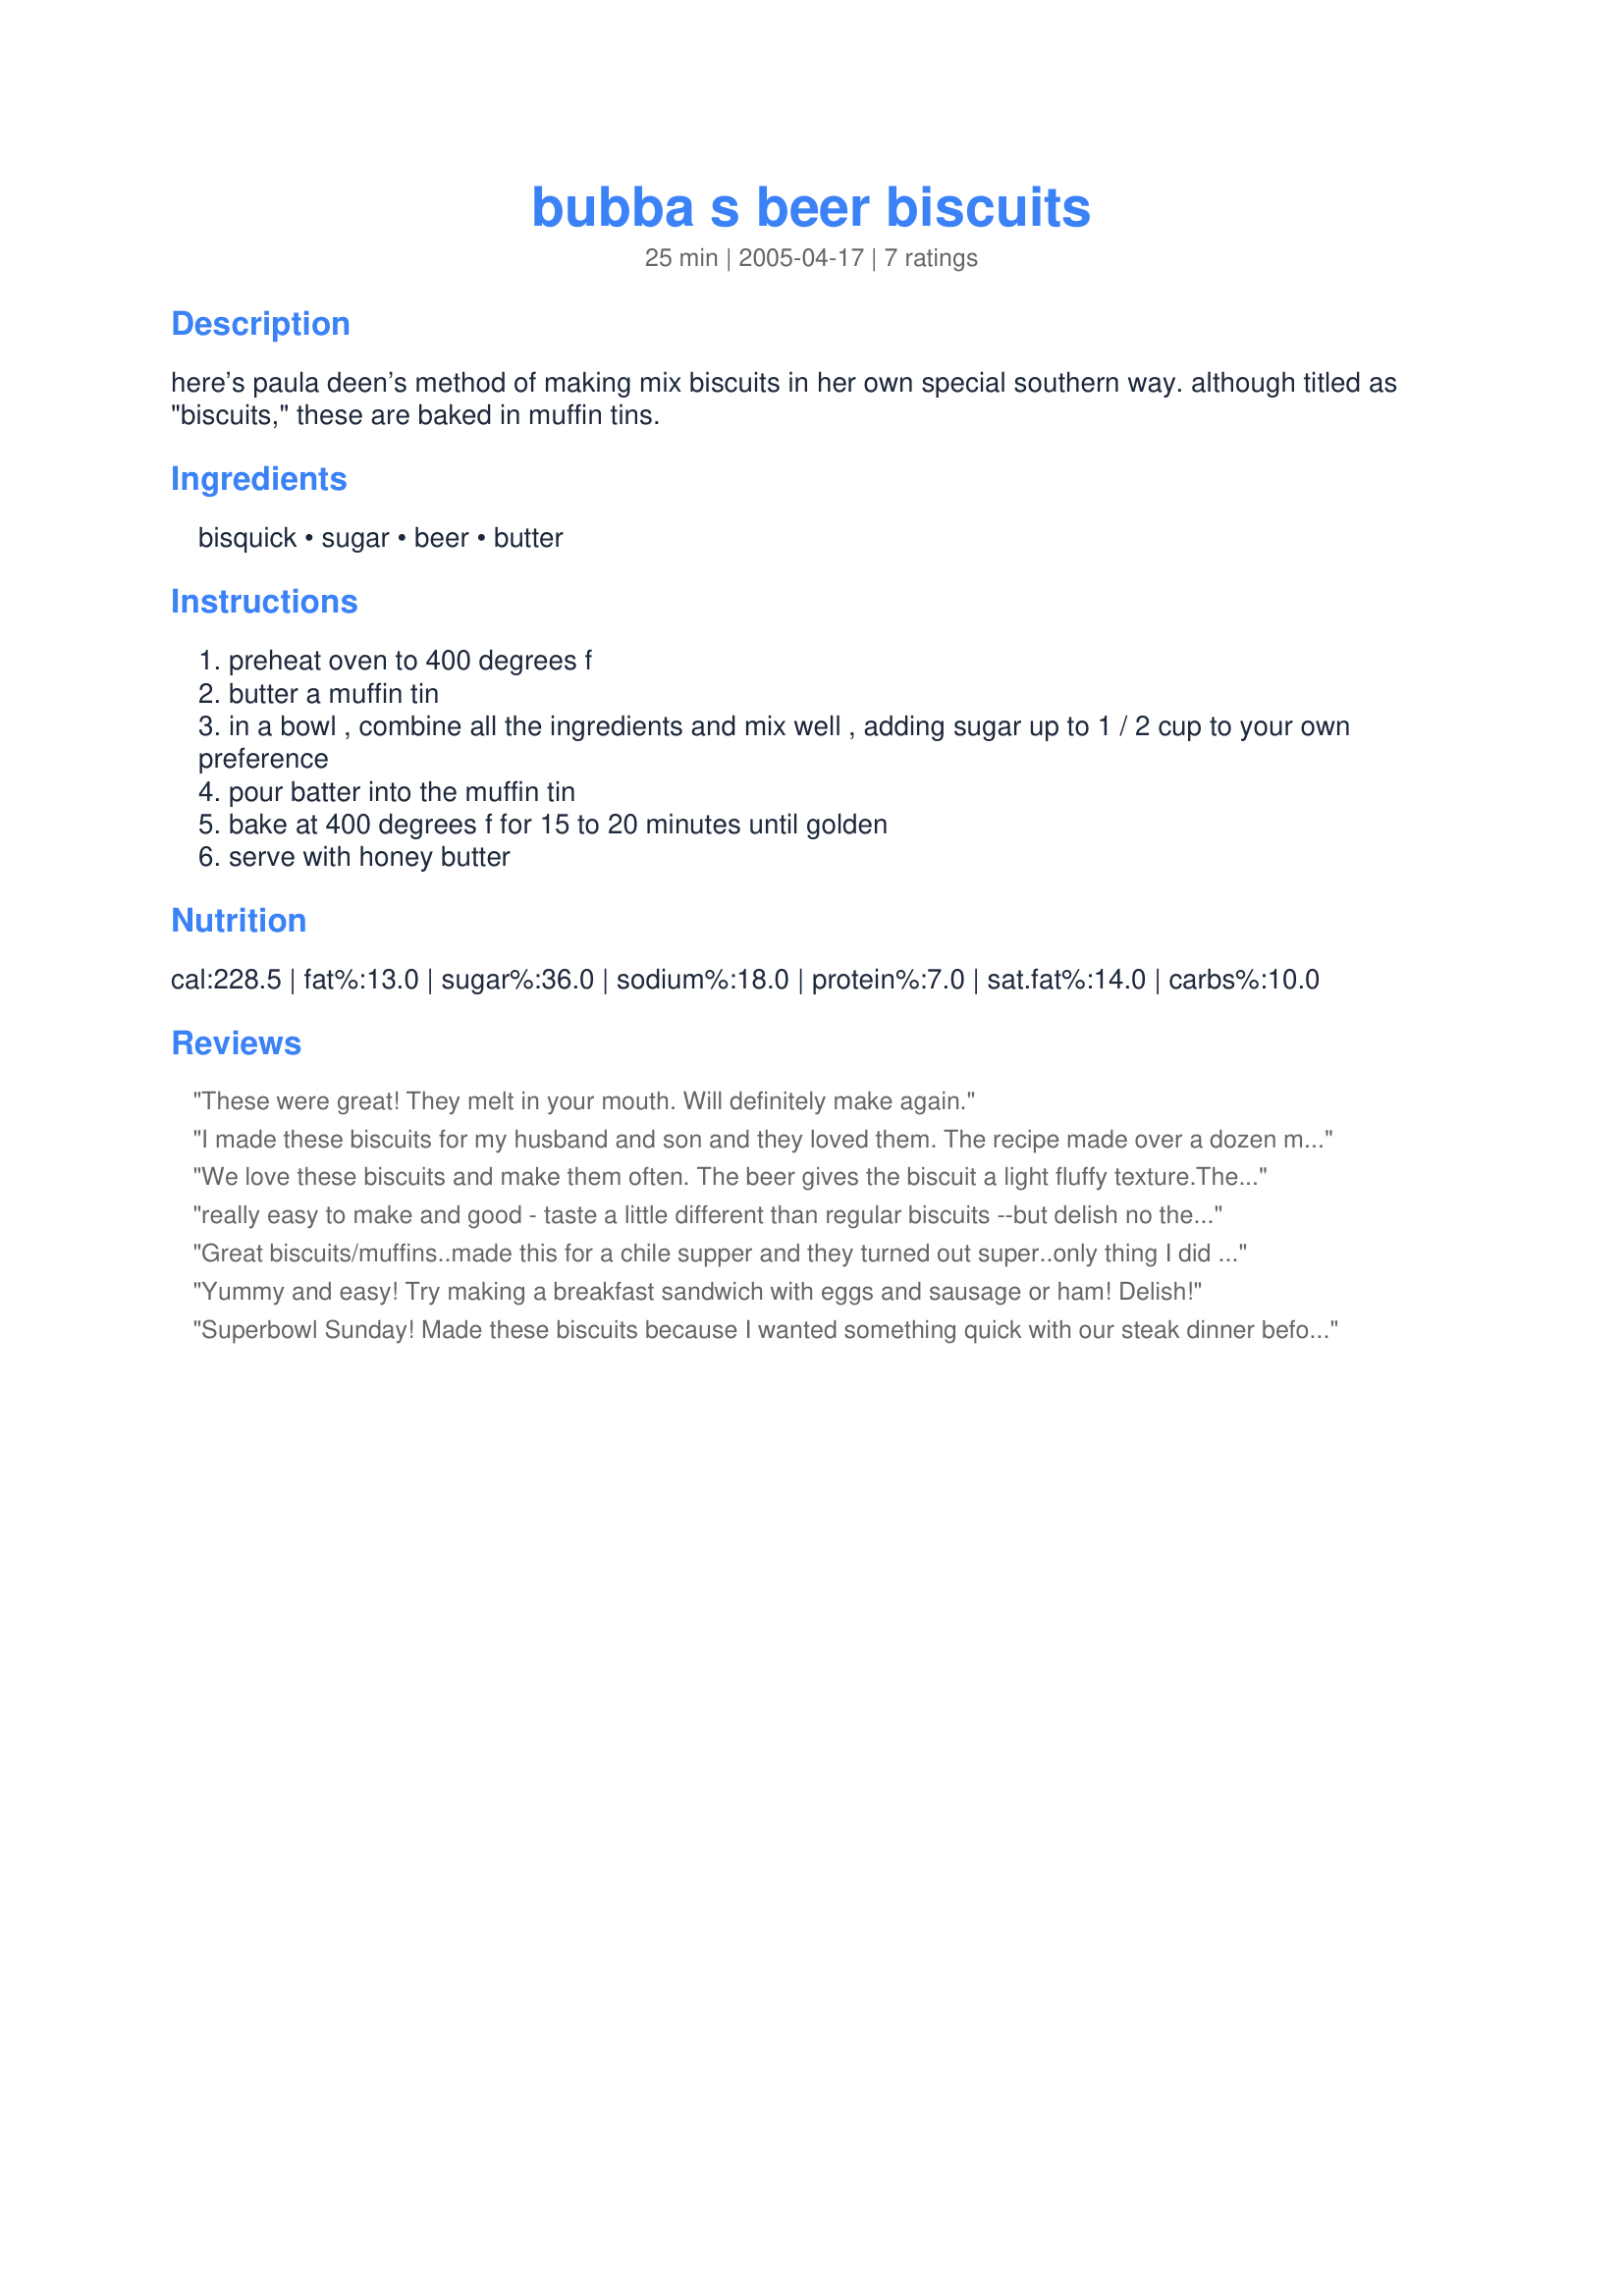
bubba s beer biscuits
Preparation time: 25 minutes

here’s paula deen’s method of making mix biscuits in her own special southern way. although titled as "biscuits," these are baked in muffin tins.

Ingredients:
bisquick, sugar, beer, butter

Steps:
preheat oven to 400 degrees f
butter a muffin tin
in a bowl , combine all the ingredients and mix well , adding sugar up to 1 / 2 cup to your own preference
pour batter into the muffin tin
bake at 400 degrees f for 15 to 20 minutes until golden
serve with honey butter

Reviews:
These were great! They melt in your mouth. Will definitely make again.
I made these biscuits for my husband and son and they loved them. The recipe made over a dozen muffins and they were all gone by the following day. Great recipe!!
We love these biscuits and make them often. The beer gives the biscuit a light fluffy texture.They do not taste like bisquick. Yummy!
really easy to make and good - taste a little different than regular biscuits --but delish no the less.
thanks for this great recipe
Great biscuits/muffins..made this for a chile supper and they turned out super..only thing I did different as use a home brewed dark beer it gave it a deeper taste...
Yummy and easy! Try making a breakfast sandwich with eggs and sausage or ham! Delish!
Superbowl Sunday! Made these biscuits because I wanted something quick with our steak dinner before the game. Excellent! I drizzled the melted butter over the biscuits before putting them into the oven rather than mixing it into the batter. Excellent; will make again (although not cheap at 4 cups of Bisquick).
